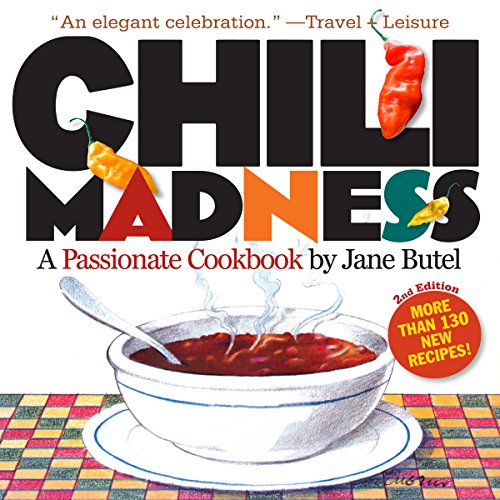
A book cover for Chili Madness: A Passionate Cookbook- More Than 130 New Recipes! 2nd Edition; Jane Butel; Cookbooks, Food & Wine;